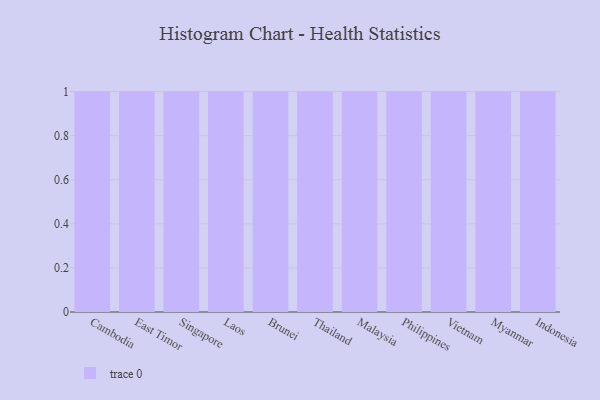
{"axis": {"x": "Country", "y": "Demand Index"}, "legend": [""], "data": [{"x": "Cambodia", "y": 17, "type": ""}, {"x": "East Timor", "y": 69, "type": ""}, {"x": "Singapore", "y": 1, "type": ""}, {"x": "Laos", "y": 49, "type": ""}, {"x": "Brunei", "y": 52, "type": ""}, {"x": "Thailand", "y": 41, "type": ""}, {"x": "Malaysia", "y": 22, "type": ""}, {"x": "Philippines", "y": 78, "type": ""}, {"x": "Vietnam", "y": 25, "type": ""}, {"x": "Myanmar", "y": 9, "type": ""}, {"x": "Indonesia", "y": 13, "type": ""}]}